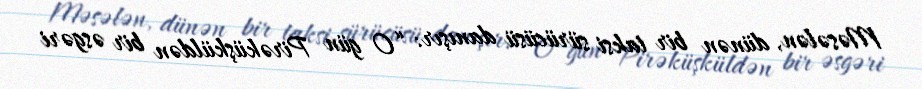
Məsələn, dünən bir taksi sürücüsü danışır: “O gün Pirəküşküldən bir əsgəri